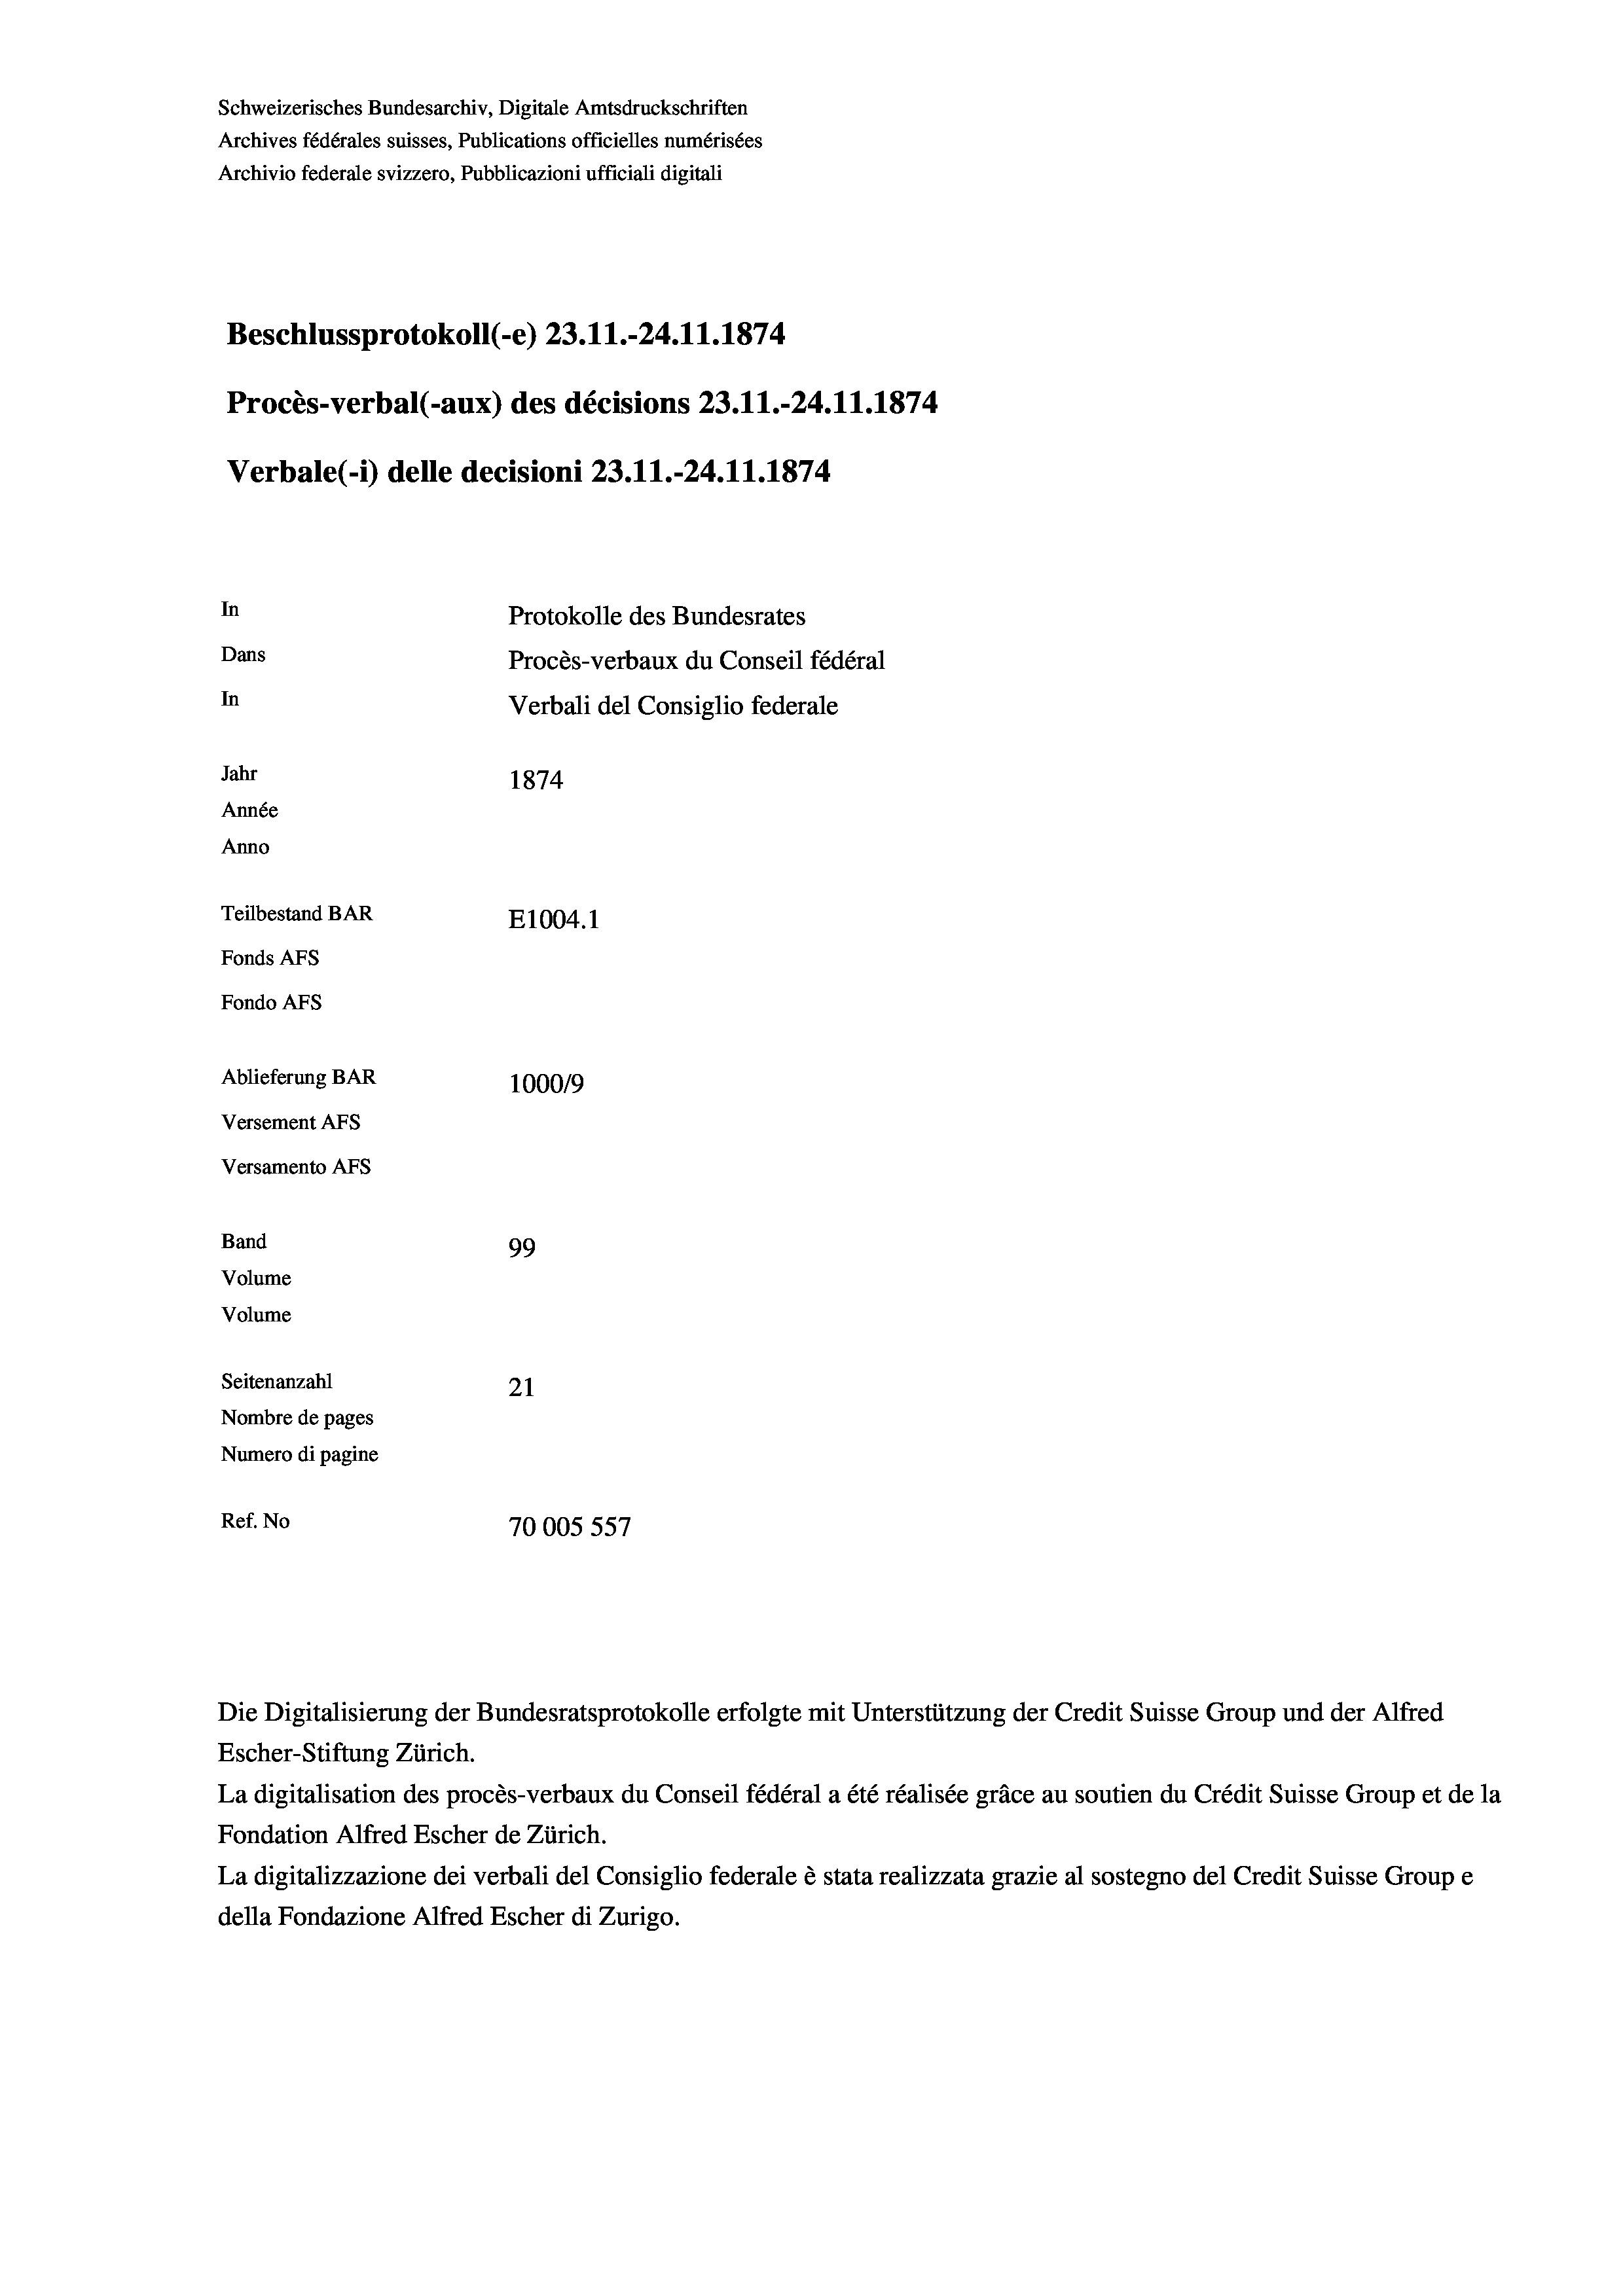
Schweizerisches Bundesarchiv, Digitale Amtsdruckschriften
Archives fédérales suisses, Publications officielles numérisées
Archivio federale svizzero, Pubblicazioni ufficiali digitali
Beschlussprotokoll (-e) 23. 11.-24.11.1874
Procès-verbal (-aux) des décisions 23.11.-24.11.1874.
Verbale(-*) delle decisioni 23.11.-24.11.1874
In
Protokolle des Bundesrates
Dans
Procès-verbaux du Conseil fédéral
In
Verbali del Consiglio federale
Jahr
1874
Année
Anno
Teilbestand BAR
E1004.1
Fonds AFs
Fondo AFs
Ablieferung BAR
100019
Versement AFs
Versamento Afs
Band
99
Volume
Volume

Seitenanzahl
21
Nombre de pages
Numero di pagine
Ref. No
70005557

Die Digitalisierung der Bundesratsprotokolle erfolgte mit Unterstützung der Credit Suisse Group und der Alfred
Escher-Stiftung Zürich.
La digitalisation des procès-verbaux du Conseil fédéral a été réalisée gräce au soutien du Crédit Suisse Group et de la
Fondation Alfred Escher de Zürich.
La digitalizzazione dei verbali del Consiglio federale è stata realizzata grazie al sostegno del Credit Suisse Groupe
della Fondazione Alfred Escher di Zurigo.